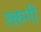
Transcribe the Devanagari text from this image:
रक्तगी